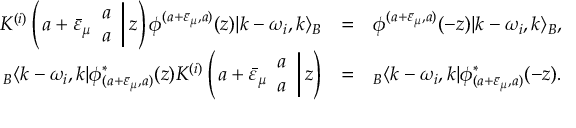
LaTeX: \begin{array} { r c l } { { K ^ { ( i ) } \left( \left. a + \bar { \varepsilon } _ { \mu } \begin{array} { c } { { a } } \\ { { a } } \end{array} \right| z \right) \phi ^ { ( a + \bar { \varepsilon } _ { \mu } , a ) } ( z ) | k - \omega _ { i } , k \rangle _ { B } } } & { { = } } & { { \phi ^ { ( a + \bar { \varepsilon } _ { \mu } , a ) } ( - z ) | k - \omega _ { i } , k \rangle _ { B } , } } \\ { { { } _ { B } \langle k - \omega _ { i } , k | \phi _ { ( a + \bar { \varepsilon } _ { \mu } , a ) } ^ { * } ( z ) K ^ { ( i ) } \left( \left. a + \bar { \varepsilon } _ { \mu } \begin{array} { c } { { a } } \\ { { a } } \end{array} \right| z \right) } } & { { = } } & { { { } _ { B } \langle k - \omega _ { i } , k | \phi _ { ( a + \bar { \varepsilon } _ { \mu } , a ) } ^ { * } ( - z ) . } } \end{array}